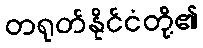
တရုတ်နိုင်ငံတို့၏